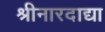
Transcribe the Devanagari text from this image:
श्रीनारदाद्या